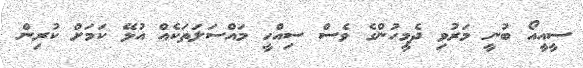
ސީއީއޯ ބުނީ މަރުވި ދެމީހުންގެ ވެސް ސިއްހީ މައްސަލަތަކެއް އުޅޭ ކަމަށް ކުރިން